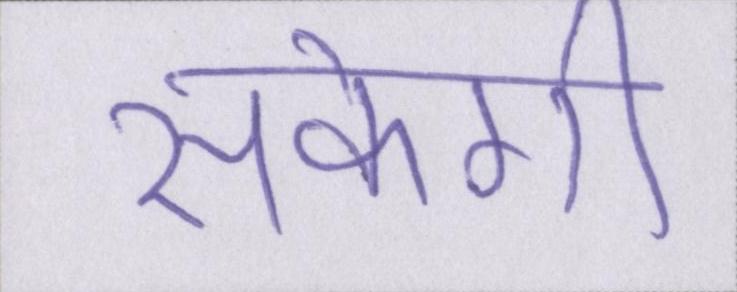
सकेगी